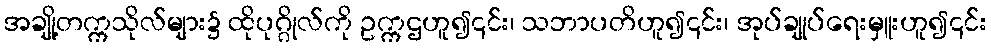
အချို့တက္ကသိုလ်များ၌ ထိုပုဂ္ဂိုလ်ကို ဥက္ကဌဟူ၍၎င်း၊ သဘာပတိဟူ၍၎င်း၊ အုပ်ချုပ်ရေးမှူးဟူ၍၎င်း